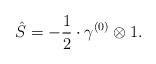
LaTeX: \begin{align*}\hat{S}=-\frac{1}{2}\cdot \gamma^{(0)}\otimes 1.\end{align*}